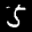
Label: 5